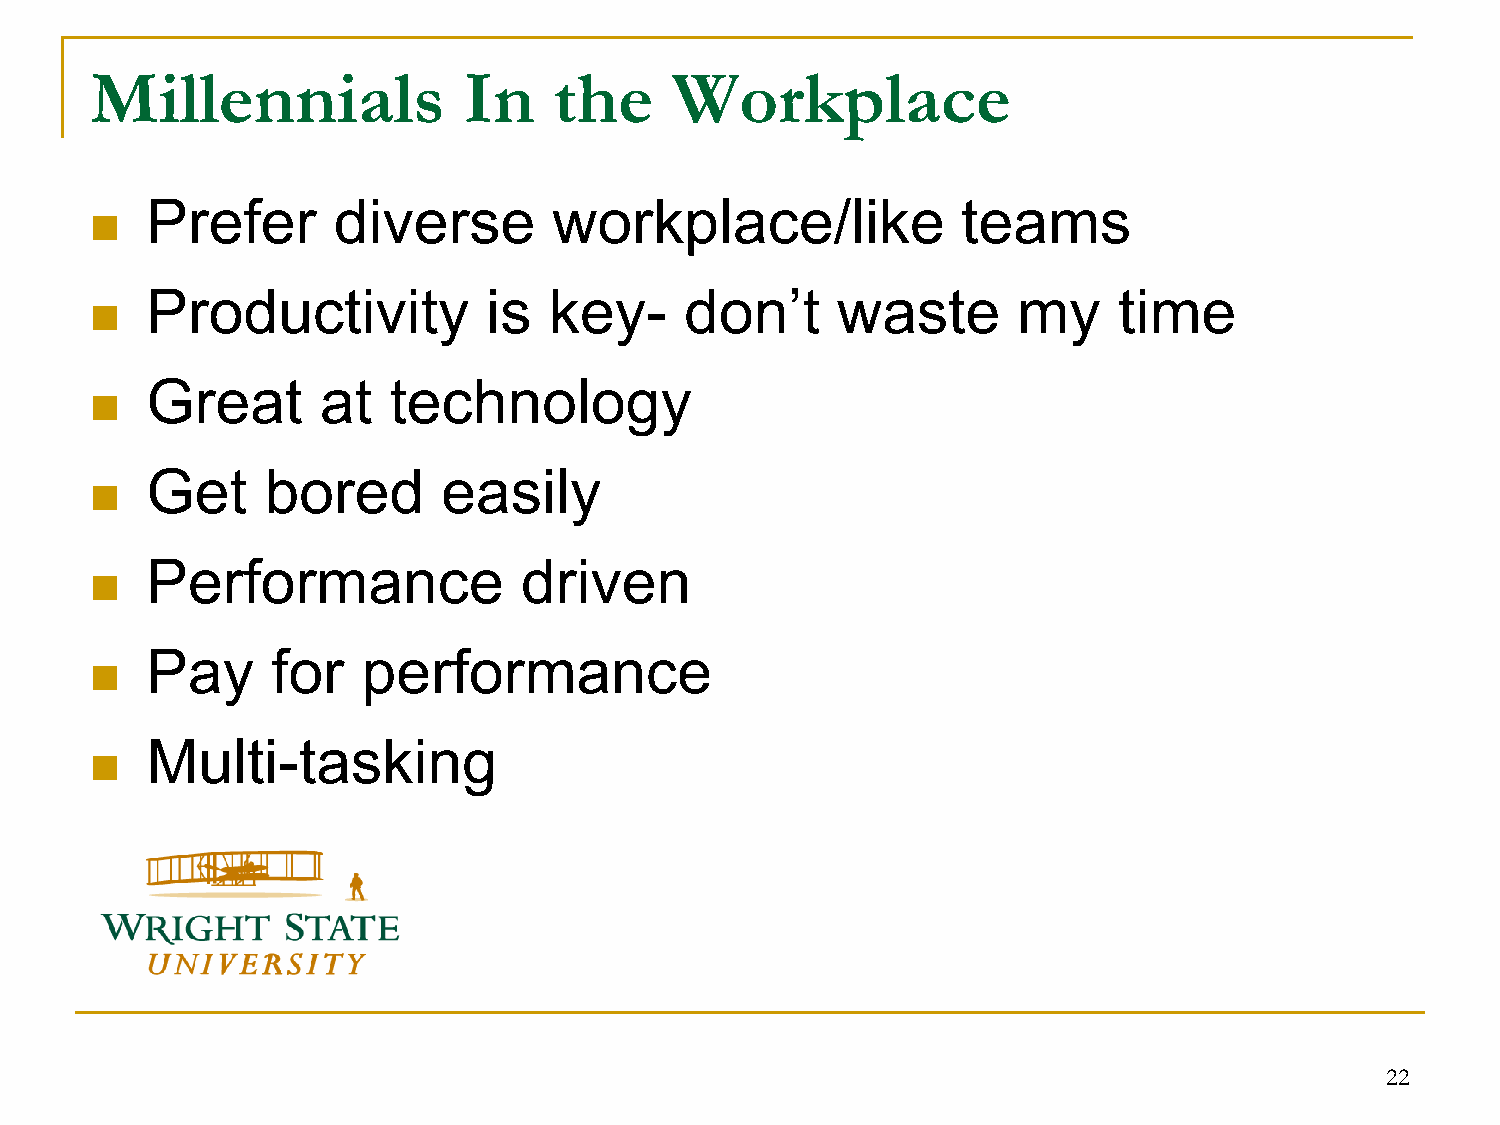
Millennials              In    the    Workplace
 Prefer      diverse        workplace/like             teams
 
 Productivity          is  key-     don’t     waste       my     time
 
 Great      at   technology
 
 Get     bored      easily
 
 Performance             driven
 
 Pay     for   performance
 
 Multi-tasking
 
 22